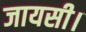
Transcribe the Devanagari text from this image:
जायसी।